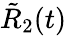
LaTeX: {\tilde{R}}_{2}(t)